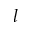
l